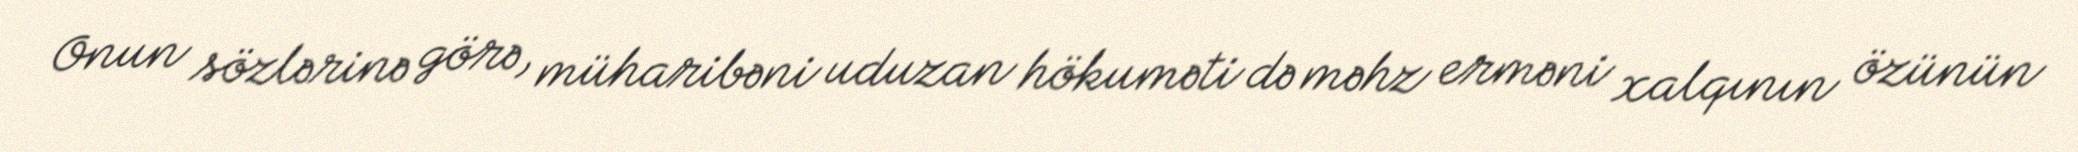
Onun sözlərinə görə, müharibəni uduzan hökuməti də məhz erməni xalqının özünün